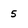
Character: 5